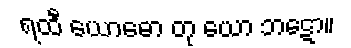
ရထီ ယောဓော တု ယော ဘဋော။